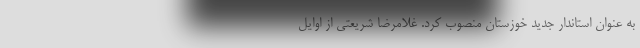
به عنوان استاندار جدید خوزستان منصوب کرد. غلامرضا شریعتی از اوایل